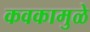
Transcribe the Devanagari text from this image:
कवकामुळे